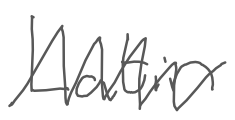
Text: Latin
Cross-out: zig-zag
Writing tool: digital_gray